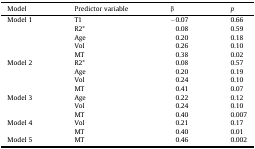
| Model | Predictor variable | β | p |
 | --- | --- | --- | --- |
 | Model 1 | T1 | −0.07 | 0.66 |
 |  | R2* | 0.08 | 0.59 |
 |  | Age | 0.20 | 0.18 |
 |  | Vol | 0.26 | 0.10 |
 |  | MT | 0.38 | 0.02 |
 | Model 2 | R2* | 0.08 | 0.57 |
 |  | Age | 0.20 | 0.19 |
 |  | Vol | 0.24 | 0.10 |
 |  | MT | 0.41 | 0.07 |
 | Model 3 | Age | 0.22 | 0.12 |
 |  | Vol | 0.24 | 0.10 |
 |  | MT | 0.40 | 0.007 |
 | Model 4 | Vol | 0.21 | 0.17 |
 |  | MT | 0.40 | 0.01 |
 | Model 5 | MT | 0.46 | 0.002 |